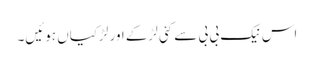
اس نیک بی بی سے کئی لڑکے اور لڑکیاں ہوئیں۔